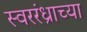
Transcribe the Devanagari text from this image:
स्वररंध्राच्या